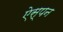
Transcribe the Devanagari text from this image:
ऐस्पन